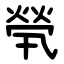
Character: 煢